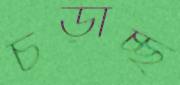
চড়াচ্ছ